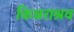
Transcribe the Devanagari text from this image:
किन्नराश्रव